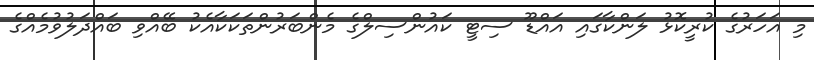
މި އަހަރުގެ ކުރީކޮޅު ލަންކާގައި އައްޑޫ ސިޓީ ކައުންސިލްގެ މެންބަރުންތަކަކާއެކު ބޭއްވި ބައްދަލުވުމެއްގެ